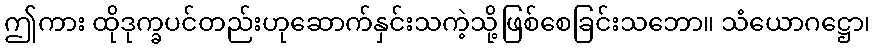
ဤကား ထိုဒုက္ခပင်တည်းဟုဆောက်နှင်းသကဲ့သို့ဖြစ်စေခြင်းသဘော။ သံယောဂဋ္ဌော၊